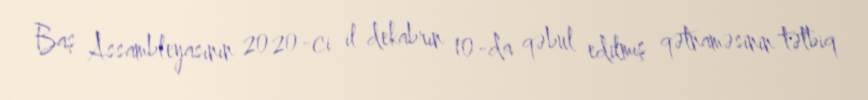
Baş Assambleyasının 2020-ci il dekabrın 10-da qəbul edilmiş qətnaməsinin tətbiq